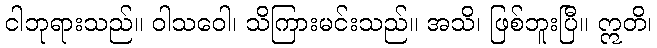
ငါဘုရားသည်။ ဝါသဝေါ၊ သိကြားမင်းသည်။ အသိ၊ ဖြစ်ဘူးပြီ။ ဣတိ၊